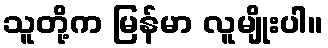
သူတို့က မြန်မာ လူမျိုးပါ။